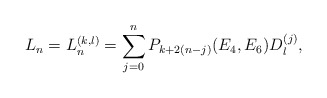
\begin{align*} L_n = L_n^{(k,l)} = \sum_{j = 0}^n P_{k + 2(n-j)}(E_4,E_6)D_l^{(j)},\end{align*}